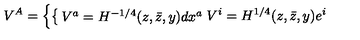
V ^ { A } = \left\{ \begin{cases} { V ^ { a } = H ^ { - 1 / 4 } ( z , \bar { z } , y ) d x ^ { a } } \\ { V ^ { i } = H ^ { 1 / 4 } ( z , \bar { z } , y ) e ^ { i } } \\ \end{cases} \right.